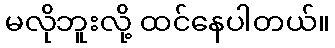
မလိုဘူးလို့ ထင်နေပါတယ်။